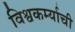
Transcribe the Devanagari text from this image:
विश्वकर्म्याची